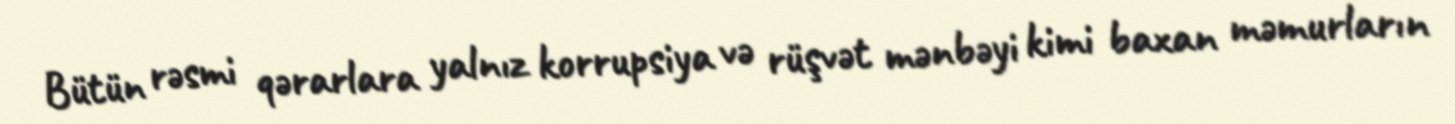
Bütün rəsmi qərarlara yalnız korrupsiya və rüşvət mənbəyi kimi baxan məmurların